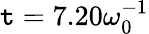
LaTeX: \mathtt{t}=7.20\omega_{0}^{-1}